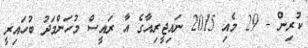
ކުރިން - 29 މެއި 2015 ނައިޖީރިއާގެ އާ ރައީސް މުހަންމަދު ބުހައިރީ